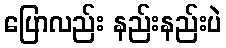
ပြောလည်း နည်းနည်းပဲ